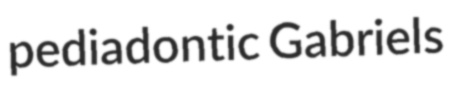
pediadontic Gabriels